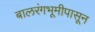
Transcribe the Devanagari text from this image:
बालरंगभूमीपासून